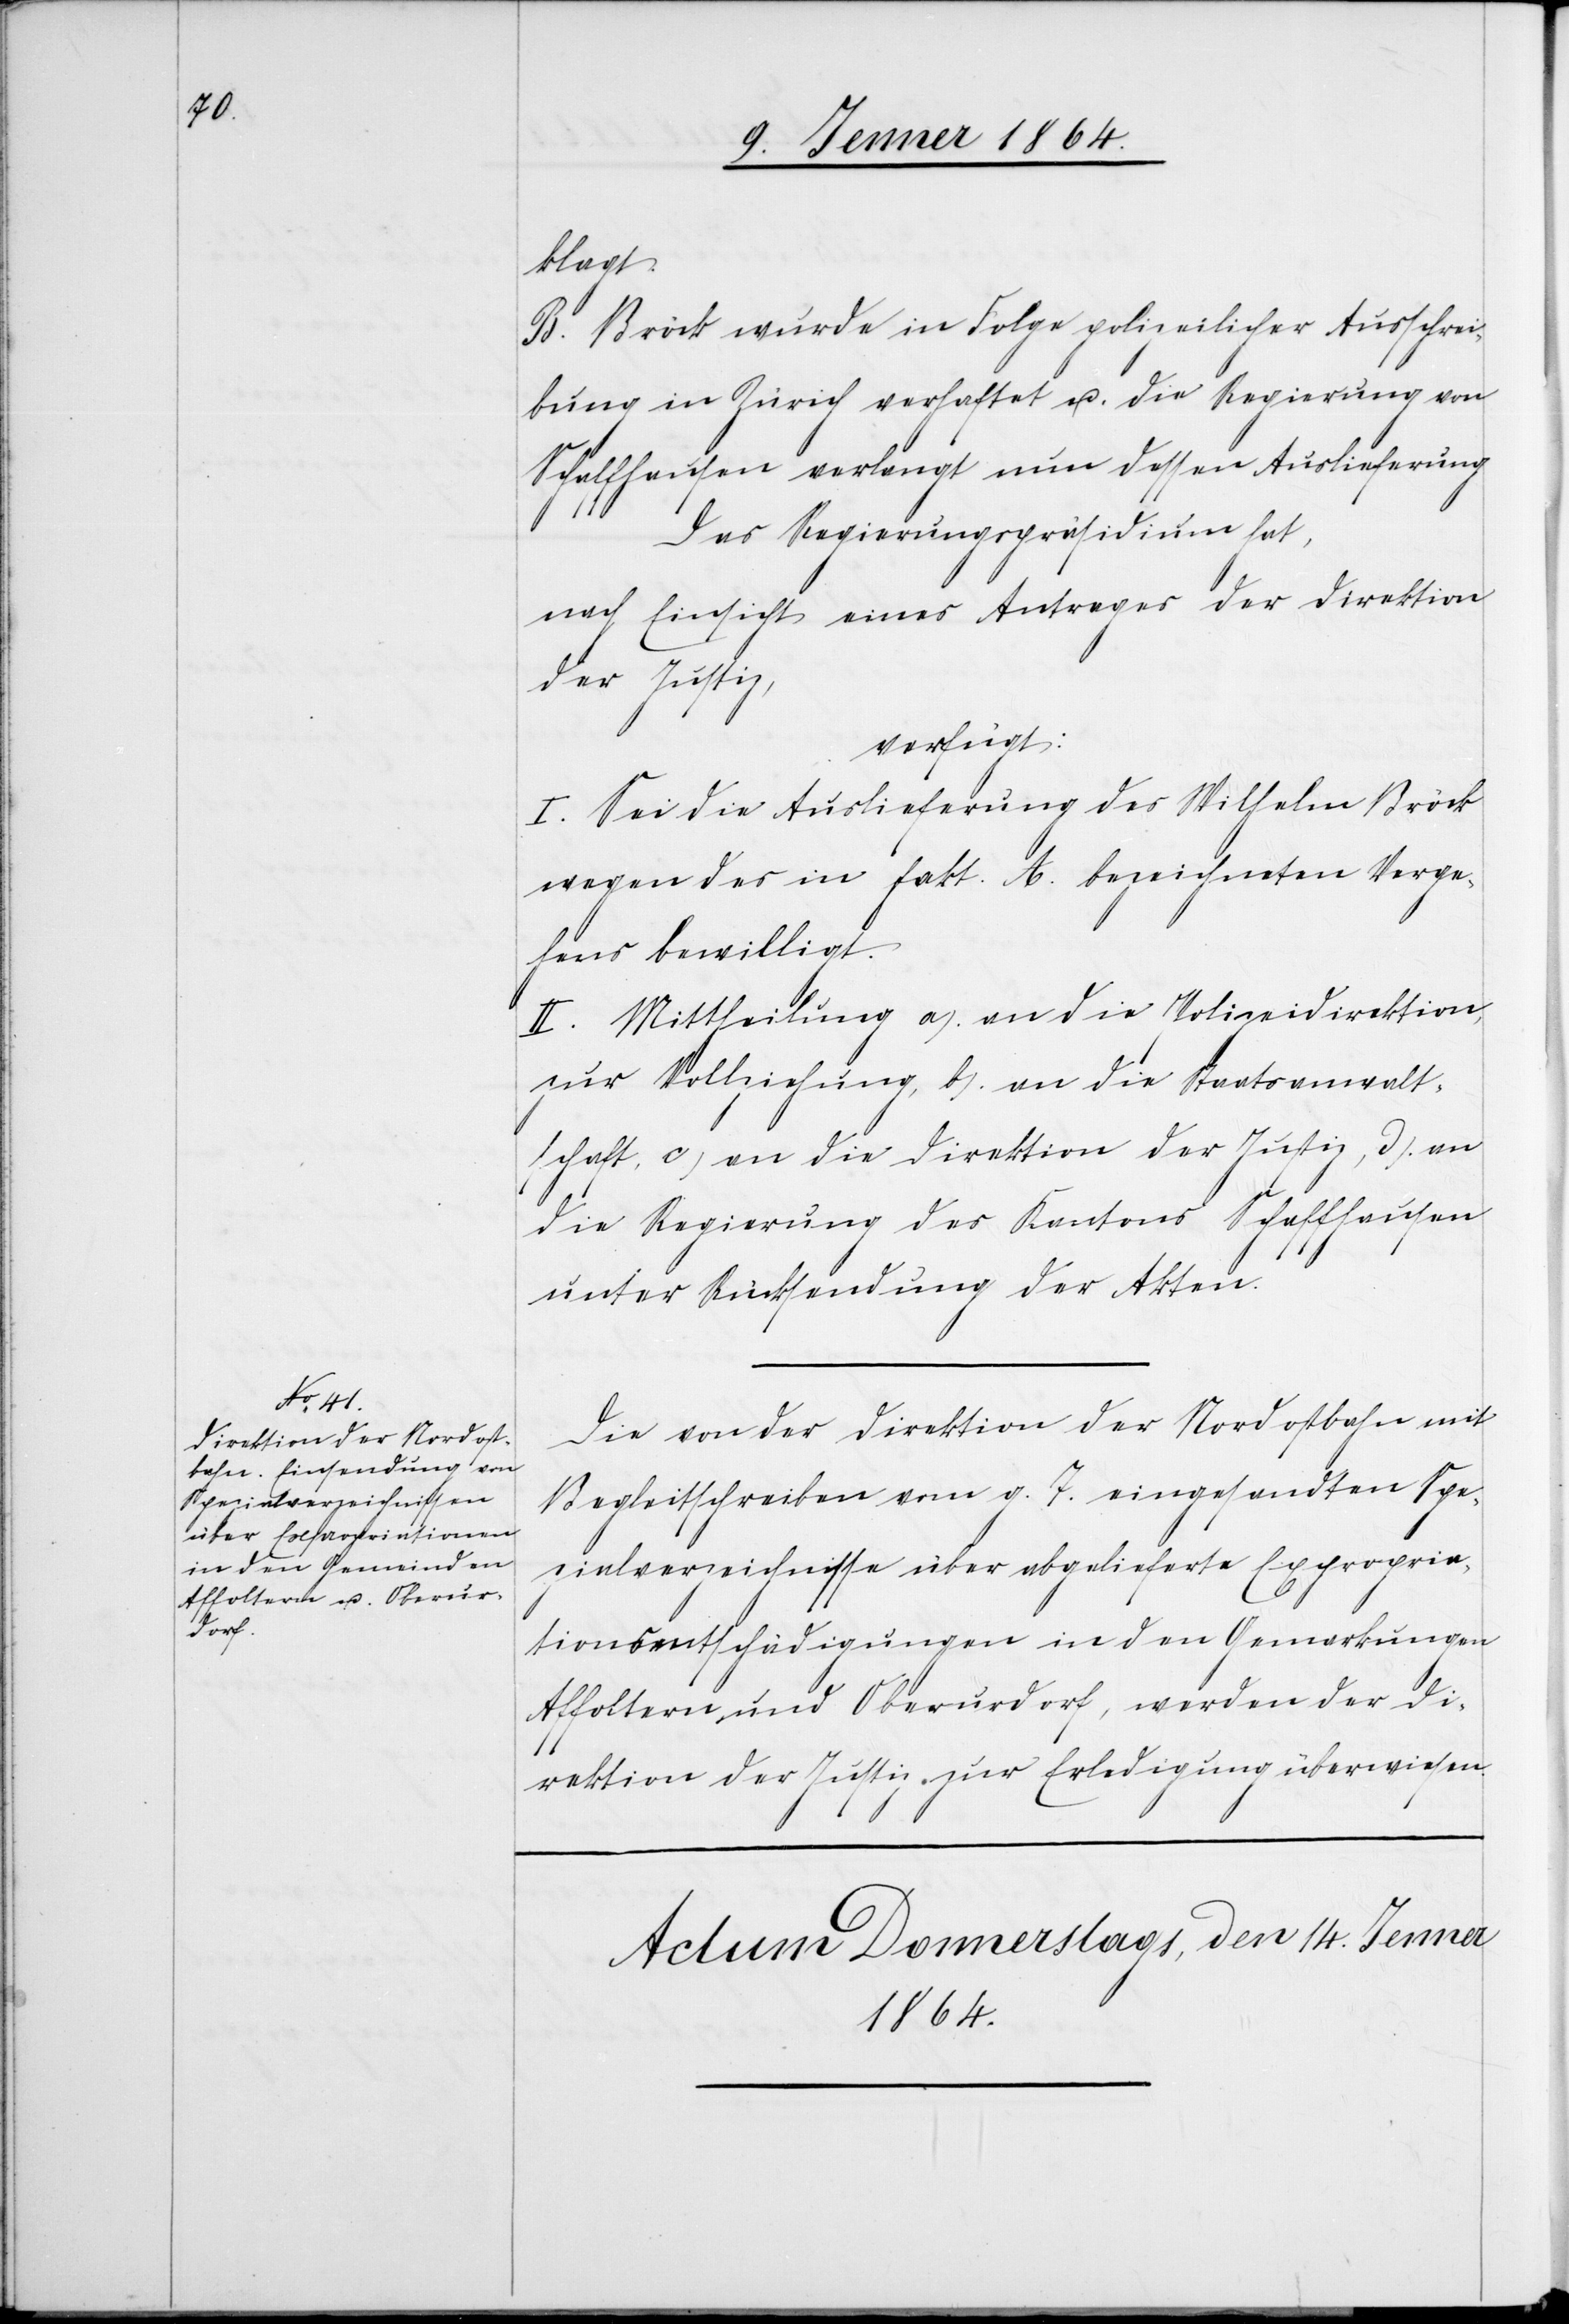
14. Jenner 1864.]
klagt.
B. Bröck wurde in Folge polizeilicher Ausschrei¬
bung in Zürich verhaftet u. die Regierung von
Schaffhausen verlangt nun dessen Auslieferung[.]
Das Regierungspräsidium hat,
nach Einsicht eines Antrages der Direktion
der Justiz,
verfügt:
I. Sei die Auslieferung des Wilhelm Bröck
wegen der in fakt. A. bezeichneten Verge¬
hens bewilligt.
II. Mittheilung a) an die Polizeidirektion,
zur Vollziehung, b) an die Staatsanwalt¬
schaft, c) an die Direktion der Justiz, d) an
die Regierung des Kantons Schaffhausen
unter Rücksendung der Akten.
Die von der Direktion der Nordostbahn mit
Begleitschreiben vom g. 7. eingesandten Spe¬
zialverzeichnisse über abgelieferte Expropria¬
tionsentschädigungen in den Gemarkungen
Affoltern und Oberurdorf, werden der Di¬
rektion der Justiz zur Erledigung überwiesen.